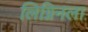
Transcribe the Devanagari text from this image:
लिग्निनला